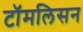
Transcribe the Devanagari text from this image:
टॉमलिसन